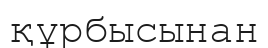
құрбысынан